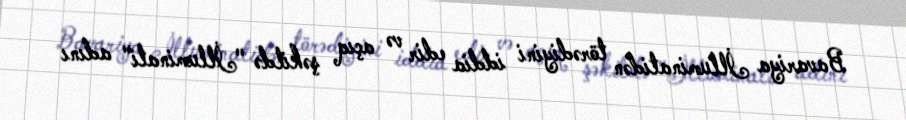
Bavariya İlluminatidən törədiyini iddia edir və açıq şəkildə "İlluminati" adını